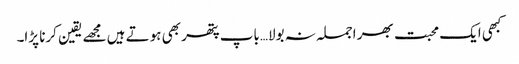
کبھی ایک محبت بھر اجملہ نہ بولا…باپ پتھر بھی ہوتے ہیں مجھے یقین کرنا پڑا۔